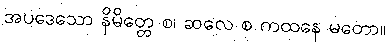
အပဒေသော နိမိတ္တေ စ၊ ဆလေ စ ကထနေ မတော။